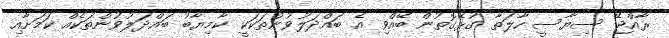
ރާއްޖޭ ސިޔާސީ ހާލަތާ ގުޅޭގޮތުން ބޭއްވި އެ ބައްދަލުވުންތަކަކީ ކާމިޔާބު ބައްދަލުވުންތަކެއް ކަމަށާއި